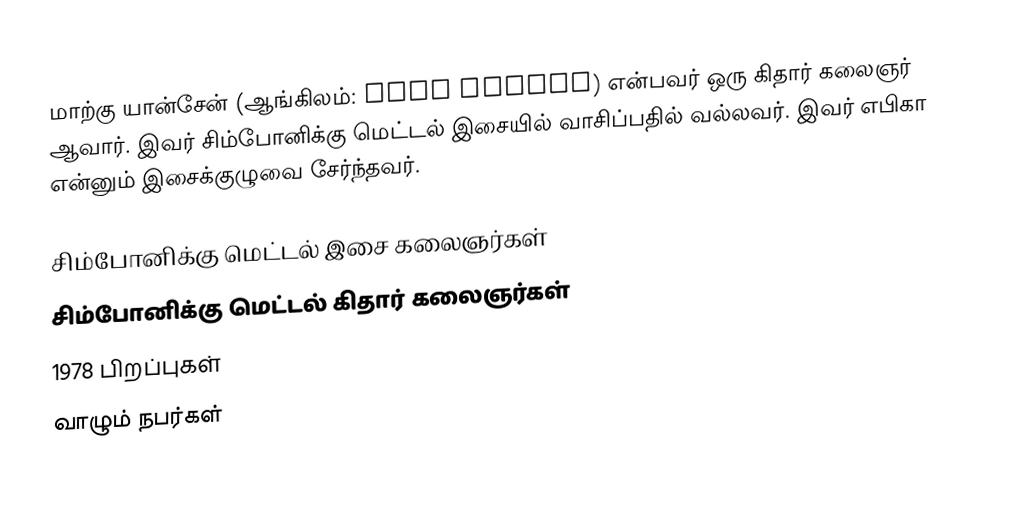
மாற்கு யான்சேன் (ஆங்கிலம்: Mark Jansen) என்பவர் ஒரு கிதார் கலைஞர் ஆவார். இவர் சிம்போனிக்கு மெட்டல் இசையில் வாசிப்பதில் வல்லவர். இவர் எபிகா என்னும் இசைக்குழுவை சேர்ந்தவர்.

சிம்போனிக்கு மெட்டல் இசை கலைஞர்கள்
சிம்போனிக்கு மெட்டல் கிதார் கலைஞர்கள்
1978 பிறப்புகள்
வாழும் நபர்கள்